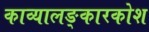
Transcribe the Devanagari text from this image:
काव्यालङ्कारकोश